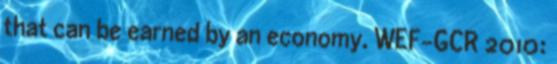
that can be earned by an economy. WEF-GCR 2010: